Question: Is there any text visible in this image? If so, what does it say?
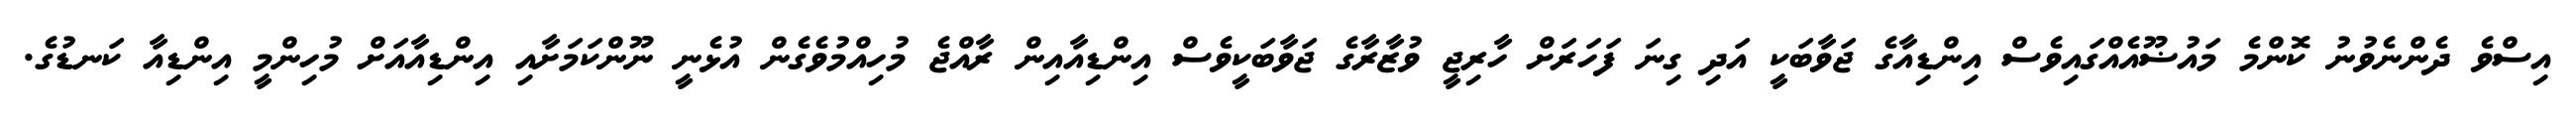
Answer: އިސްވެ ދެންނެވުނު ކޮންމެ މައުޟޫއެއްގައިވެސް އިންޑިއާގެ ޖަވާބަކީ އަދި ގިނަ ފަހަރަށް ހާރިޖީ ވުޒާރާގެ ޖަވާބަކީވެސް އިންޑިއާއިން ރާއްޖެ މުހިއްމުވެގެން އުޅެނީ ނޫންކަމަށާއި އިންޑިއާއަށް މުހިންމީ އިންޑިއާ ކަނޑުގެ.